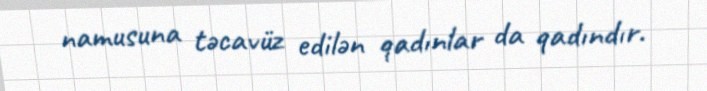
namusuna təcavüz edilən qadınlar da qadındır.